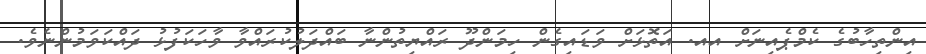
އިންތިހާބުގެ ކެމްޕެއިނަށް އއ. އަތޮޅަށް ވަޑައިގެން ހިމަންދޫ ރައްޔިތުންނާ ބައްދަލުކުރައްވާ ވާހަކަފުޅު ދައްކަވަމުންނެވެ.